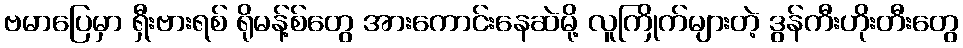
ဗမာပြေမှာ ရှီးဗားရစ် ရိုမန့်စ်တွေ အားကောင်းနေဆဲမို့ လူကြိုက်များတဲ့ ဒွန်ကီးဟိုးတီးတွေ